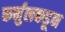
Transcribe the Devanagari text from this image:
कर्नुलकडून